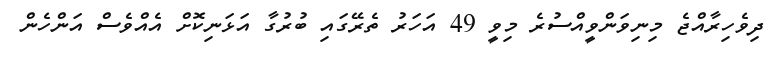
ދިވެހިރާއްޖެ މިނިވަންވީއްސުރެ މިވީ 49 އަހަރު ތެރޭގައި ބުރުގާ އަޅަނިކޮށް އެއްވެސް އަންހެން